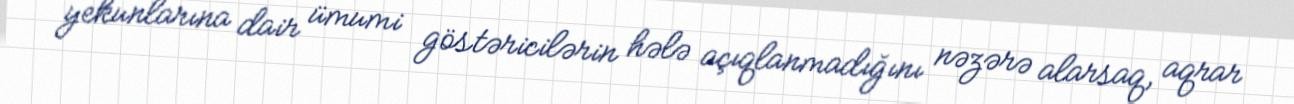
yekunlarına dair ümumi göstəricilərin hələ açıqlanmadığını nəzərə alarsaq, aqrar